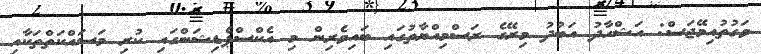
ވަގުތުއިމޭޖަސް: އަޝްހާދު އަބުދު މިރޭގެ ރަސްމިއްޔާތުގައި ބައިވެރިން މި އެކްސްޕެޑިޝަންގައި ކުރި މަސައްކަތްތަކާއި